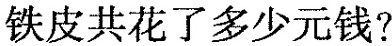
铁皮共花了多少元钱?